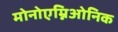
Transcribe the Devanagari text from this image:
मोनोएम्निओनिक